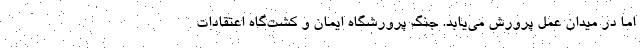
اما در میدان عمل پرورش می‌یابد. جنگ پرورشگاه ایمان و کشت‌گاه اعتقادات